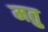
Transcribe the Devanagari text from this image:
मतु